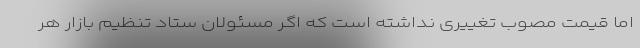
اما قیمت مصوب تغییری نداشته است که اگر مسئولان ستاد تنظیم بازار هر